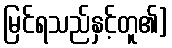
မြင်ရသည်နှင့်တူ၏]